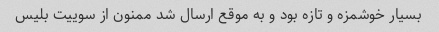
بسیار خوشمزه و تازه بود و به موقع ارسال شد ممنون از سوییت بلیس